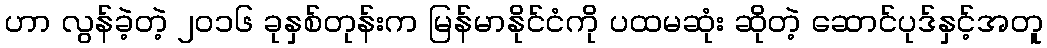
ဟာ လွန်ခဲ့တဲ့ ၂၀၁၆ ခုနှစ်တုန်းက မြန်မာနိုင်ငံကို ပထမဆုံး ဆိုတဲ့ ဆောင်ပုဒ်နှင့်အတူ